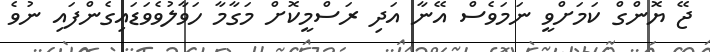
ޖޭ ޔޮންގް ކަމަށްވީ ނަމަވެސް އޭނާ އަދި ރަސްމީކޮށް މަގާމާ ހަވާލުވެވަޑައިގެންފައި ނުވެ